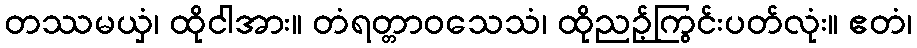
တဿမယှံ၊ ထိုငါအား။ တံရတ္တာဝသေသံ၊ ထိုညဉ့်ကြွင်းပတ်လုံး။ ဧတံ၊